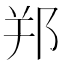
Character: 𨚜